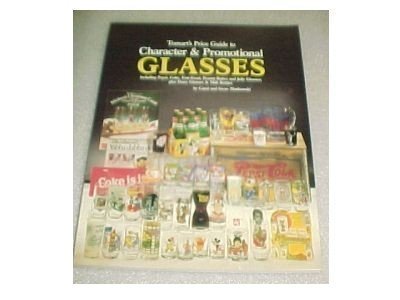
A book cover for Tomart's Price Guide to Character & Promotional Glasses: Including Pepsi, Coke, Fast-Food, Peanut Butter and Jelly Glasses; Plus Dairy Glasses & Mil; Carol Markowski; Crafts, Hobbies & Home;